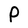
Character: P